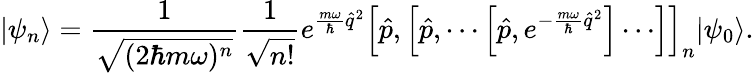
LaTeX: |\psi_{n}\rangle=\frac{1}{\sqrt{(2\hbar m\omega)^{n}}}\frac{1}{\sqrt{n!}}e^{\frac{m\omega}{\hbar}\hat{q}^{2}}\left[\hat{p},\left[\hat{p},\cdots\left[\hat{p},e^{-\frac{m\omega}{\hbar}\hat{q}^{2}}\right]\cdots\right]\right]_{n}|\psi_{0}\rangle.